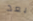
بعد